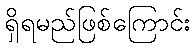
ရှိရမည်ဖြစ်ကြောင်း